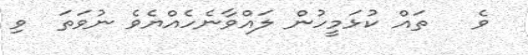
ވެ   ތައް ކުޅަމީހުން ލައްވާނެހެއްޔެވެ ނުވަތަ  ވި